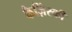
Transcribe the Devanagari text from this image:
कैज़िंस्की